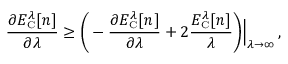
\frac { \partial E _ { \scriptscriptstyle \mathrm { C } } ^ { \lambda } [ n ] } { \partial \lambda } \geq \bigg ( - \frac { \partial E _ { \scriptscriptstyle \mathrm { C } } ^ { \lambda } [ n ] } { \partial \lambda } + 2 \frac { E _ { \scriptscriptstyle \mathrm { C } } ^ { \lambda } [ n ] } { \lambda } \bigg ) \Bigr | _ { \lambda \to \infty } \, ,